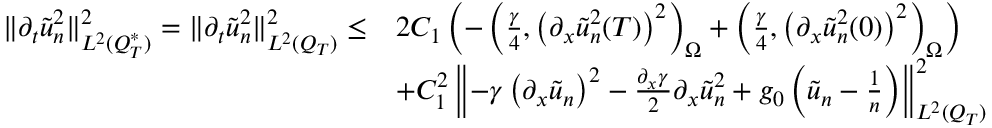
\begin{array} { r l } { \lVert \partial _ { t } \tilde { u } _ { n } ^ { 2 } \rVert _ { L ^ { 2 } ( Q _ { T } ^ { * } ) } ^ { 2 } = \lVert \partial _ { t } \tilde { u } _ { n } ^ { 2 } \rVert _ { L ^ { 2 } ( Q _ { T } ) } ^ { 2 } \leq } & { 2 C _ { 1 } \left( - \left( \frac { \gamma } { 4 } , \left( \partial _ { x } \tilde { u } _ { n } ^ { 2 } ( T ) \right) ^ { 2 } \right) _ { \Omega } + \left( \frac { \gamma } { 4 } , \left( \partial _ { x } \tilde { u } _ { n } ^ { 2 } ( 0 ) \right) ^ { 2 } \right) _ { \Omega } \right) } \\ & { + C _ { 1 } ^ { 2 } \left\lVert - \gamma \left( \partial _ { x } \tilde { u } _ { n } \right) ^ { 2 } - \frac { \partial _ { x } \gamma } { 2 } \partial _ { x } \tilde { u } _ { n } ^ { 2 } + g _ { 0 } \left( \tilde { u } _ { n } - \frac { 1 } { n } \right) \right\rVert _ { L ^ { 2 } ( Q _ { T } ) } ^ { 2 } } \end{array}